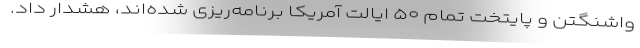
واشنگتن و پایتخت تمام ۵۰ ایالت آمریکا برنامه‌ریزی شده‌اند، هشدار داد.